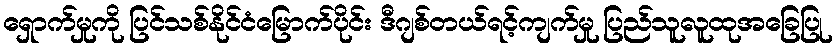
ရှောက်မှုကို ပြင်သစ်နိုင်ငံမြောက်ပိုင်း ဒီဂျစ်တယ်ရင့်ကျက်မှု ပြည်သူလူထုအခြေပြု